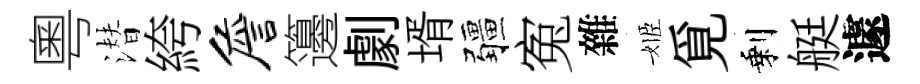
粵潜絝詹籩劇壻疆寃雜姬覓剩艇遽